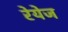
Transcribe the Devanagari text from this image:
रेयेज